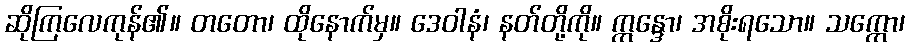
ဆိုကြလေကုန်၏။ တတော၊ ထိုနောက်မှ။ ဒေဝါနံ၊ နတ်တို့ကို။ ဣန္ဒော၊ အစိုးရသော။ သက္ကော၊